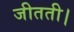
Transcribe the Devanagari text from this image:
जीतती।